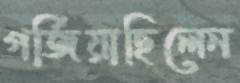
গর্জিয়াছিলেন